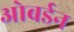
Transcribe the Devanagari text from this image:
ओबर्डन